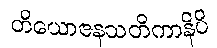
တိယောဇနသတိကာနိပိ